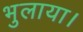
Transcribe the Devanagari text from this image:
भुलाया।